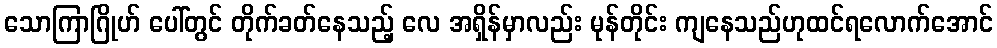
သောကြာဂြိုဟ် ပေါ်တွင် တိုက်ခတ်နေသည့် လေ အရှိန်မှာလည်း မုန်တိုင်း ကျနေသည်ဟုထင်ရလောက်အောင်